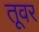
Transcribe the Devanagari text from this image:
तूवर